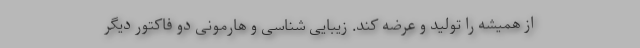
از همیشه را تولید و عرضه کند. زیبایی شناسی و هارمونی دو فاکتور دیگر